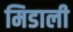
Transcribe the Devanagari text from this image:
मिडाली